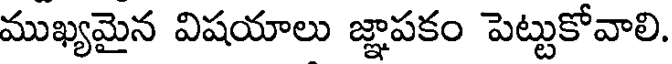
ముఖ్యమైన విషయాలు జ్ఞాపకం పెట్టుకోవాలి.